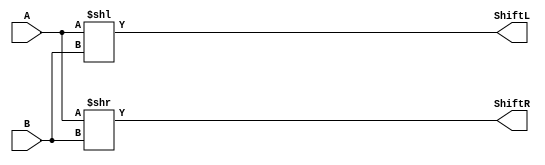
module shifter(A, B, ShiftL, ShiftR);
	input [31:0]A;
	input [4:0]B;
	output reg [31:0]ShiftL, ShiftR;
	
	always@(A) begin
	ShiftL = A<<B;
	ShiftR = A>>B;
	end
	
endmodule